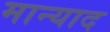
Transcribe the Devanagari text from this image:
मान्याद